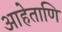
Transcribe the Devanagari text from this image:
आहेताणि